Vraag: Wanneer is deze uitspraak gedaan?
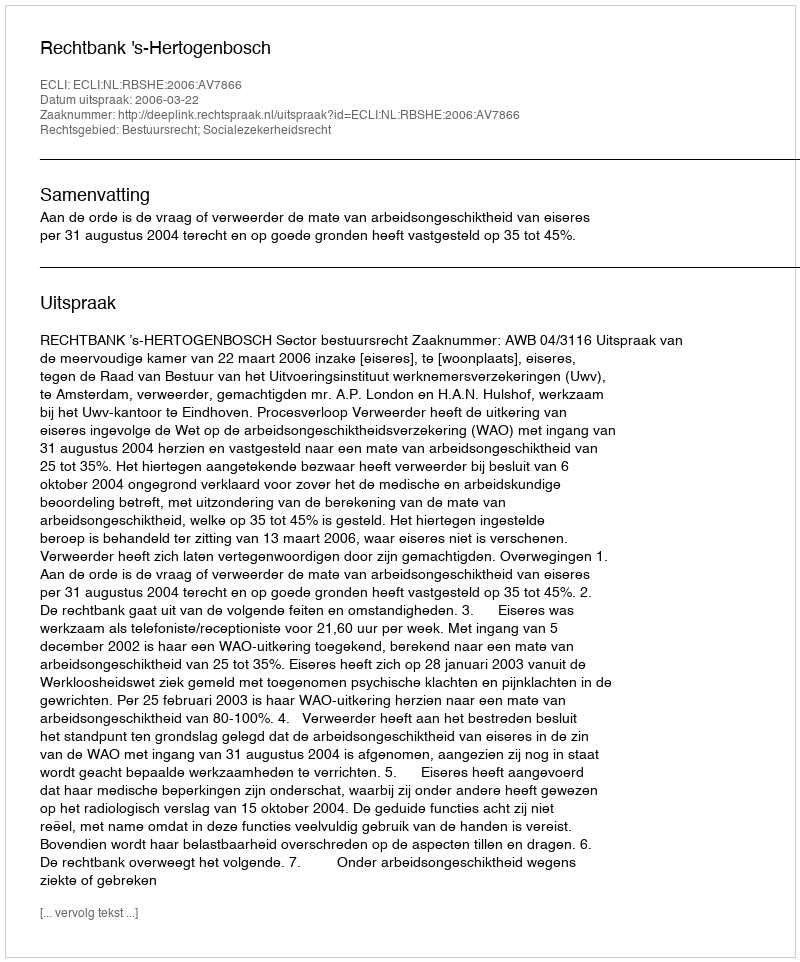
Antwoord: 2006-03-22